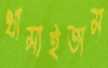
থামাইতাম